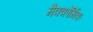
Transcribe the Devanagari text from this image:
मैक्कोर्मिक